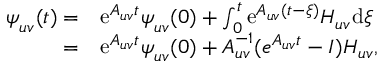
\begin{array} { r l } { \boldsymbol { \psi } _ { u v } ( t ) = } & { \mathrm { e } ^ { \boldsymbol { A } _ { u v } t } \boldsymbol { \psi } _ { u v } ( 0 ) + \int _ { 0 } ^ { t } \mathrm { e } ^ { \boldsymbol { A } _ { u v } ( t - \xi ) } \boldsymbol { H } _ { u v } \mathrm { d } \xi } \\ { = } & { \mathrm { e } ^ { \boldsymbol { A } _ { u v } t } \boldsymbol { \psi } _ { u v } ( 0 ) + \boldsymbol { A } _ { u v } ^ { - 1 } ( e ^ { \boldsymbol { A } _ { u v } t } - \boldsymbol { I } ) \boldsymbol { H } _ { u v } , } \end{array}